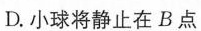
D. 小球将静止在 B 点